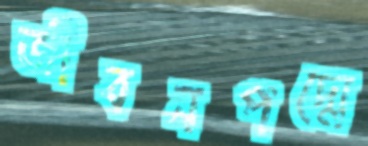
জীবনপদ্মে